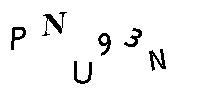
PNU93N